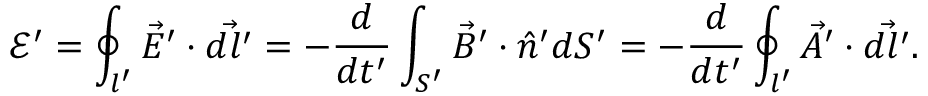
\mathcal E ^ { \prime } = \oint _ { l ^ { \prime } } \vec { E } ^ { \prime } \cdot \vec { d l ^ { \prime } } = - \frac { d } { d t ^ { \prime } } \int _ { S ^ { \prime } } \vec { B } ^ { \prime } \cdot \hat { n } ^ { \prime } d S ^ { \prime } = - \frac { d } { d t ^ { \prime } } \oint _ { l ^ { \prime } } \vec { A } ^ { \prime } \cdot \vec { d l ^ { \prime } } .